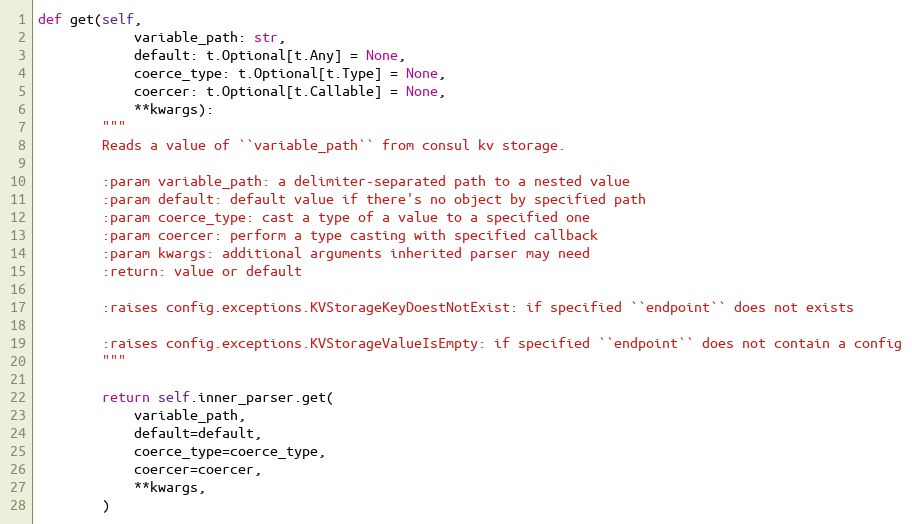
Language: Python
def get(self,
            variable_path: str,
            default: t.Optional[t.Any] = None,
            coerce_type: t.Optional[t.Type] = None,
            coercer: t.Optional[t.Callable] = None,
            **kwargs):
        """
        Reads a value of ``variable_path`` from consul kv storage.

        :param variable_path: a delimiter-separated path to a nested value
        :param default: default value if there's no object by specified path
        :param coerce_type: cast a type of a value to a specified one
        :param coercer: perform a type casting with specified callback
        :param kwargs: additional arguments inherited parser may need
        :return: value or default

        :raises config.exceptions.KVStorageKeyDoestNotExist: if specified ``endpoint`` does not exists

        :raises config.exceptions.KVStorageValueIsEmpty: if specified ``endpoint`` does not contain a config
        """

        return self.inner_parser.get(
            variable_path,
            default=default,
            coerce_type=coerce_type,
            coercer=coercer,
            **kwargs,
        )